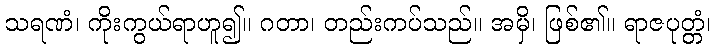
သရဏံ၊ ကိုးကွယ်ရာဟူ၍။ ဂတာ၊ တည်းကပ်သည်။ အမှိ၊ ဖြစ်၏။ ရာဇပုတ္တံ၊